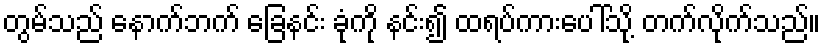
တွမ်သည် နောက်ဘက် ခြေနင်း ခုံကို နင်း၍ ထရပ်ကားပေါ်သို့ တက်လိုက်သည်။